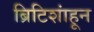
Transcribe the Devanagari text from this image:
ब्रिटिशांहून